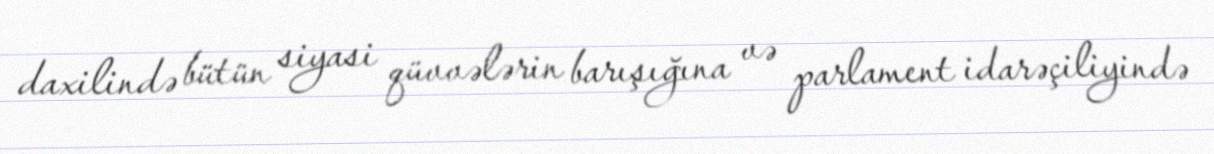
daxilində bütün siyasi qüvvələrin barışığına və parlament idarəçiliyində